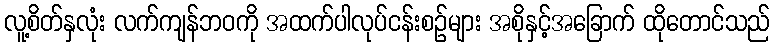
လူ့စိတ်နှလုံး လက်ကျန်ဘဝကို အထက်ပါလုပ်ငန်းစဉ်များ အစိုနှင့်အခြောက် ထိုတောင်သည်